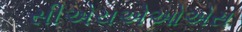
સીએચએઓએસ